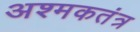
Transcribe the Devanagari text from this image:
अश्मकतंत्र